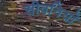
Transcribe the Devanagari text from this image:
सीवनियाँ